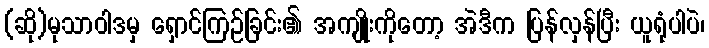
(ဆို)မုသာဝါဒမှ ရှောင်ကြဉ်ခြင်း၏ အကျိုးကိုတော့ အဲဒီက ပြန်လှန်ပြီး ယူရုံပါပဲ၊